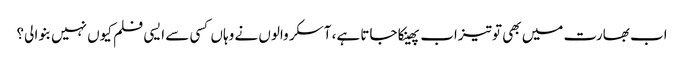
اب بھارت میں بھی تو تیزاب پھینکا جاتا ہے، آسکر والوں نے وہاں کسی سے ایسی فلم کیوں نہیں بنوا لی؟